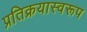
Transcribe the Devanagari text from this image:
प्रतिक्रयास्वरूप